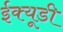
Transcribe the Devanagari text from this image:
ईक्यूडी